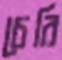
চেরি